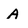
Character: A